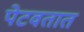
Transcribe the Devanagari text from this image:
पेटवतात